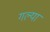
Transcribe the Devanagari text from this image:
गल्या